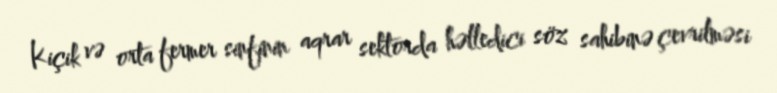
Kiçik və orta fermer sinfinin aqrar sektorda həlledici söz sahibinə çevrilməsi